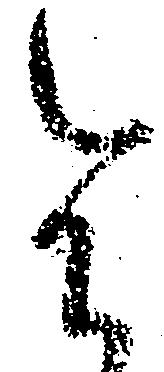
令